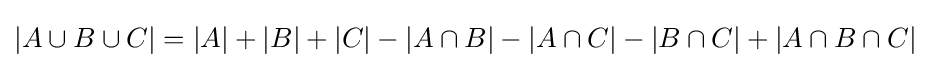
|A\cup B\cup C|=|A|+|B|+|C|-|A\cap B|-|A\cap C|-|B\cap C|+|A\cap B\cap C|